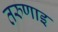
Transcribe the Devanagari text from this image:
तरुणाइ